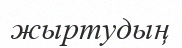
жыртудың